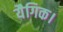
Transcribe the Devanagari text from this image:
यैगिक।